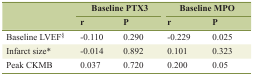
| <ROWSPAN=2>  | <COLSPAN=2> Baseline PTX3 | <COLSPAN=2> Baseline MPO |
 | r | P | r | P |
 | --- | --- | --- | --- | --- |
 | Baseline LVEF§ | -0.110 | 0.290 | -0.229 | 0.025 |
 | Infarct size* | -0.014 | 0.892 | 0.101 | 0.323 |
 | Peak CKMB | 0.037 | 0.720 | 0.200 | 0.05 |